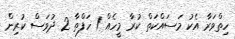
ހިތްވަރާ އެކު މަސައްކަތް ކުރާ މީހެއް 1 ހަފްތާ 2 ދުވަސް ކުރިން